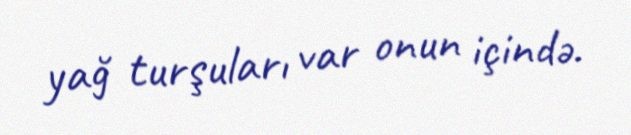
yağ turşuları var onun içində.